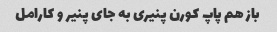
باز هم پاپ کورن پنیری به جای پنیر و کارامل